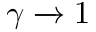
\gamma \xrightarrow { } 1